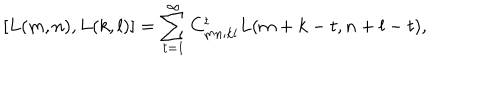
\left[ L ( m , n ) , L ( k , l ) \right] = \sum _ { t = 1 } ^ { \infty } C _ { m n ; k l } ^ { t } L ( m + k - t , n + l - t ) ,